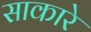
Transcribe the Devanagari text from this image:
साकारे